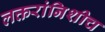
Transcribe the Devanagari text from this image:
लक्तरांनिशीच